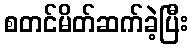
စတင်မိတ်ဆက်ခဲ့ပြီး